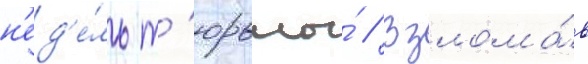
н'ед'е́ль т'юрьмы́ // Взлома́в